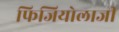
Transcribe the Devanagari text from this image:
फिजियोलाजी